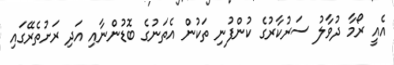
އެއީ ރޯމާ ދުވާލު ސަރުކާރުގެ ކުންފުނި ތަކުން އެތަނުގެ ބޮޑުންނާއި އަދި ރަށުތެރޭގައި